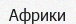
Африки